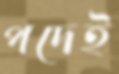
পদেই